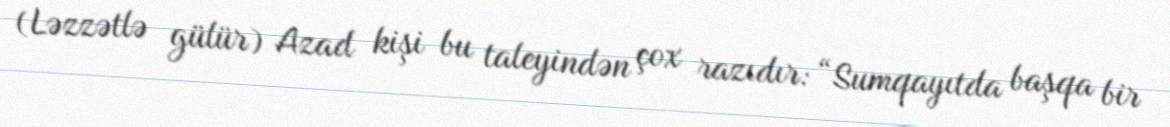
(Ləzzətlə gülür) Azad kişi bu taleyindən çox razıdır: “Sumqayıtda başqa bir